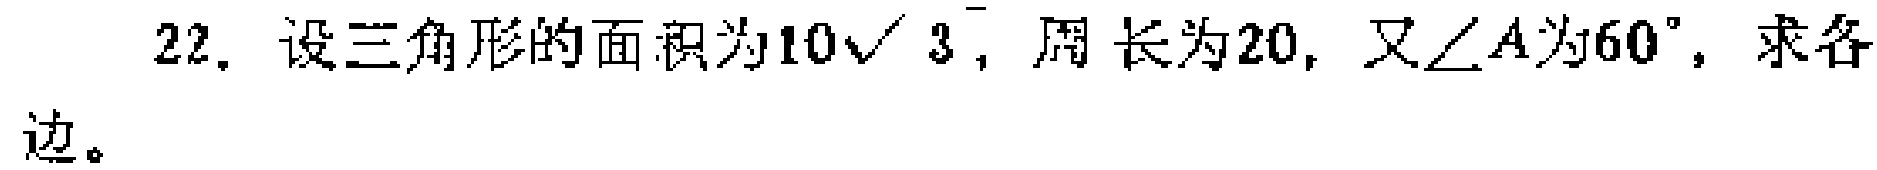
22. 设三角形的面积为\(10\sqrt{3}\)，周长为\(20\)，又\(\angle A\)为\(60^{\circ}\)，求各边。